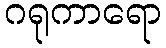
ဂရုကာရော